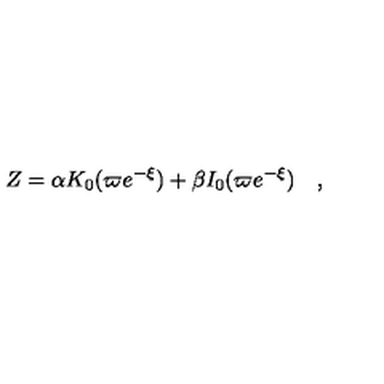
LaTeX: Z = \alpha K _ { 0 } ( \varpi e ^ { - \xi } ) + \beta I _ { 0 } ( \varpi e ^ { - \xi } ) \quad ,